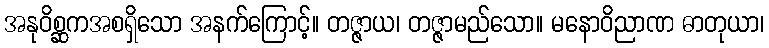
အနုဝိစ္ဆကအစရှိသော အနက်ကြောင့်။ တဇ္ဇာယ၊ တဇ္ဇာမည်သော။ မနောဝိညာဏ ဓာတုယာ၊